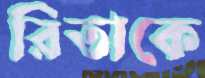
রিতাকে